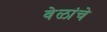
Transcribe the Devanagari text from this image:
वेळांचे